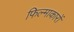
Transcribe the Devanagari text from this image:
फिल्माकारों